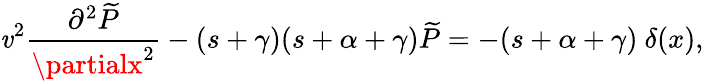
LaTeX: \mathit{v}^{2}\frac{{\partial^{2}{\widetilde{P}}}}{{\partialx^{2}}}-(s+\gamma)(s+\alpha+\gamma){\widetilde{P}}=-(s+\alpha+\gamma)\ \delta(x),